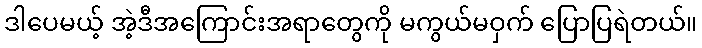
ဒါပေမယ့် အဲ့ဒီအကြောင်းအရာတွေကို မကွယ်မဝှက် ပြောပြရဲတယ်။